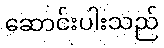
ဆောင်းပါးသည်